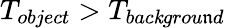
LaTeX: T_{object}>T_{bac\mathit{k}grou\mathfrak{n}d}